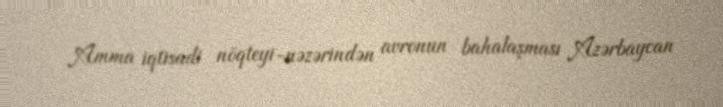
Amma iqtisadi nöqteyi-nəzərindən avronun bahalaşması Azərbaycan